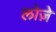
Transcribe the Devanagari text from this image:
लोज़े